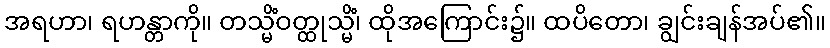
အရဟာ၊ ရဟန္တာကို။ တသ္မိံဝတ္ထုသ္မိံ၊ ထိုအကြောင်း၌။ ထပိတော၊ ချွင်းချန်အပ်၏။